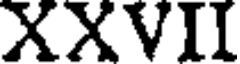
XXVII